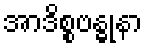
အာဒိစ္စဗန္ဓုနာ